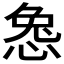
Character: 𫺜